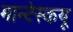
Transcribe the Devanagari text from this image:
मान्टेस्कयू